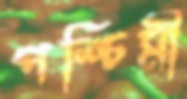
পশ্চিমী